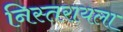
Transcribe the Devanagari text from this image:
निस्तरायला